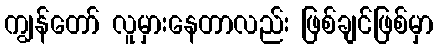
ကျွန်တော် လူမှားနေတာလည်း ဖြစ်ချင်ဖြစ်မှာ